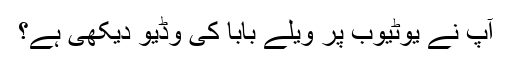
آپ نے یوٹیوب پر ویلے بابا کی وڈیو دیکھی ہے؟